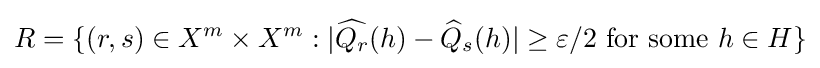
R=\{(r,s)\in X^{m}\times X^{m}:|{\widehat {Q_{r}}}(h)-{\widehat {Q}}_{s}(h)|\geq \varepsilon /2{\text{ for some }}h\in H\}